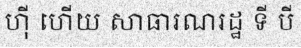
ហ៊ី ហើយ សាធារណរដ្ឋ ទី បី